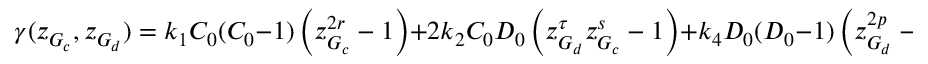
\gamma ( z _ { G _ { c } } , z _ { G _ { d } } ) = k _ { 1 } C _ { 0 } ( C _ { 0 } - 1 ) \left( z _ { G _ { c } } ^ { 2 r } - 1 \right) + 2 k _ { 2 } C _ { 0 } D _ { 0 } \left( z _ { G _ { d } } ^ { \tau } z _ { G _ { c } } ^ { s } - 1 \right) + k _ { 4 } D _ { 0 } ( D _ { 0 } - 1 ) \left( z _ { G _ { d } } ^ { 2 p } - 1 \right) \, .